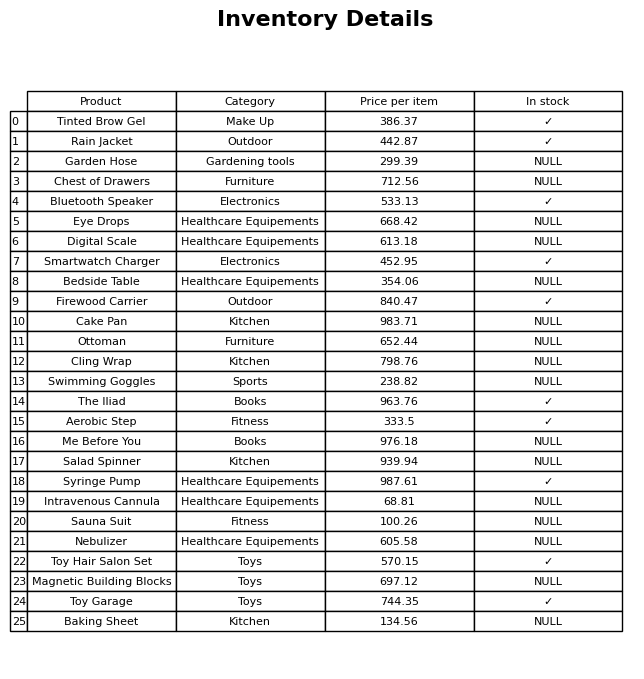
question: What is the price of the Cake Pan?
answer: The price of Cake Pan is 983.71.